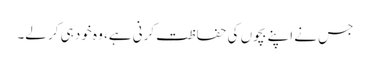
جس نے اپنے بچوں کی حفاظت کرنی ہے، وہ خود ہی کر لے۔